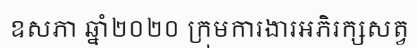
ឧសភា ឆ្នាំ២០២០ ក្រុមការងារអភិរក្សសត្វ